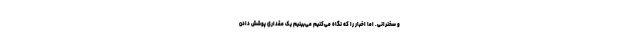
و سخنرانی. اما اخبار را که نگاه می‌کنیم می‌بینیم یک مقداری پوشش دادن